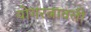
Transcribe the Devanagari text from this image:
योगरत्नावली